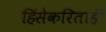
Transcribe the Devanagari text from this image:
हिंसेकरिताही